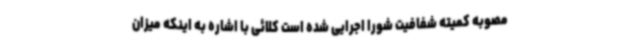
مصوبه کمیته شفافیت شورا اجرایی شده است کلائی با اشاره به اینکه میزان